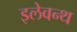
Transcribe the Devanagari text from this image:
इलेवन्थ